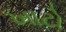
ખાટો